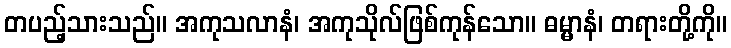
တပည့်သားသည်။ အကုသလာနံ၊ အကုသိုလ်ဖြစ်ကုန်သော။ ဓမ္မာနံ၊ တရားတို့ကို။